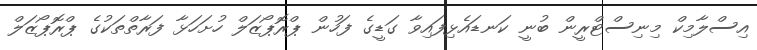
އިސްލާމިކް މިނިސްޓްރީން ބުނީ ކަނޑައެޅިފައިވާ ގަޑީގެ ފަހުން ޕްރޮޕޯޒަލް ހުށަހަޅާ ފަރާތްތަކުގެ ޕްރޮޕޯޒަލް